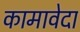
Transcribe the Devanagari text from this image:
कामावेदा